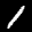
Digit: 1